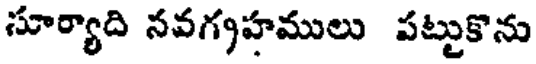
సూర్యాది నవగృహములు పట్టుకొను